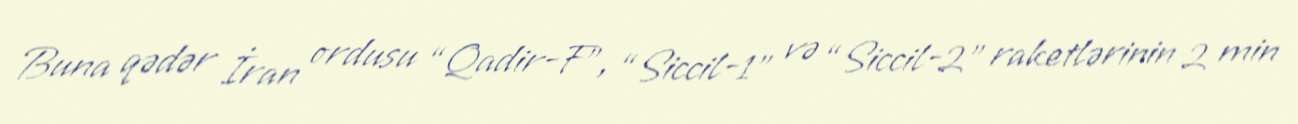
Buna qədər İran ordusu “Qadir-F”, “Siccil-1” və “Siccil-2” raketlərinin 2 min